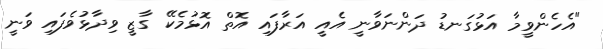
"އެހެންވީމާ އަޅުގަނޑު ދަންނަވާނީ އެއީ އަރާފައި އޮތް އޮޅުމެކޭ ގާޒީ ވިދާޅުވެފައި ވަނީ